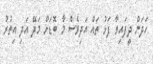
ހަދަން ދީފައިވާ ފަޅު ތައް އަދިވެސް މާ ބޮޑަށް މަދޭ އަދި އިތުރު